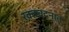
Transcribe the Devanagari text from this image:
रक्तचंदनात